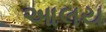
આલય